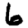
Digit: 6